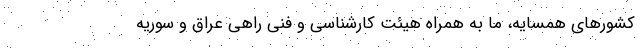
کشورهای همسایه، ما به همراه هیئت کارشناسی و فنی راهی عراق و سوریه